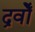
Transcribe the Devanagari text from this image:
द्रवोँ